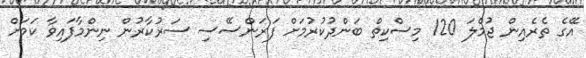
އޭގެ ތެރެއިން ޖުމްލަ 120 މިސްކިތް ބަންދުކުރުމަށް ފަރަންސޭސި ސަރުކާރުން ނިންމާފައިވާ ކަމަށް